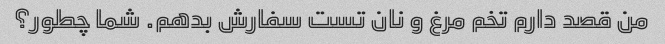
من قصد دارم تخم مرغ و نان تست سفارش بدهم. شما چطور؟